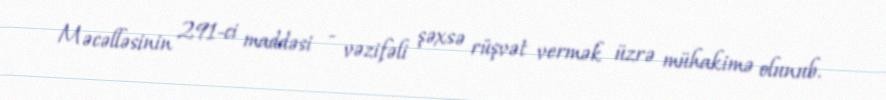
Məcəlləsinin 291-ci maddəsi - vəzifəli şəxsə rüşvət vermək üzrə mühakimə olunub.